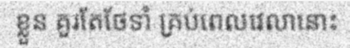
ខ្លួន គួរតែថែទាំ គ្រប់ពេលវេលានោះ